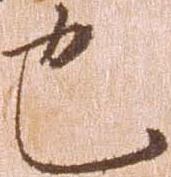
也